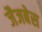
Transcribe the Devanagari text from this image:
जैजबेस